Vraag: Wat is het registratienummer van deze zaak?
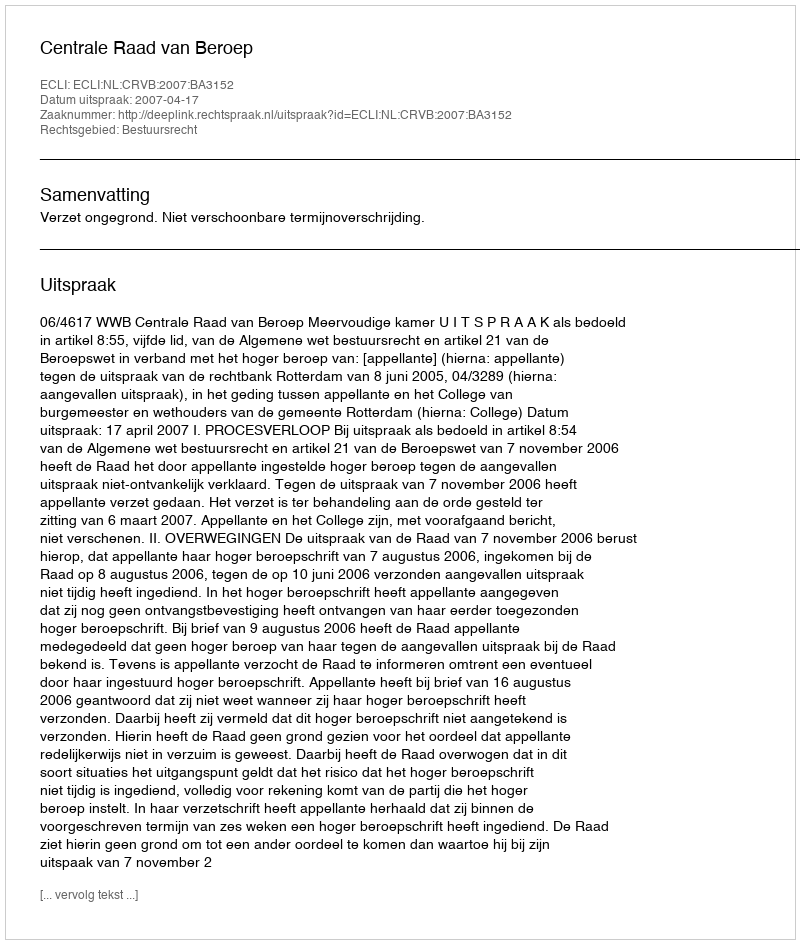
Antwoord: http://deeplink.rechtspraak.nl/uitspraak?id=ECLI:NL:CRVB:2007:BA3152